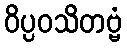
ဝိပ္ပဝသိတဗ္ဗံ